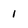
Character: 1